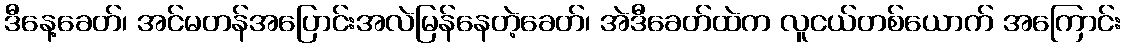
ဒီနေ့ခေတ်၊ အင်မတန်အပြောင်းအလဲမြန်နေတဲ့ခေတ်၊ အဲဒီခေတ်ထဲက လူငယ်တစ်ယောက် အကြောင်း